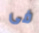
فى